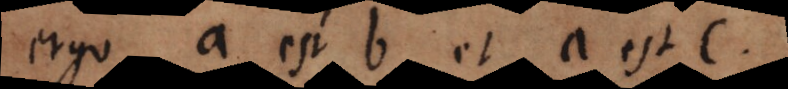
ergo a est b et a est c,